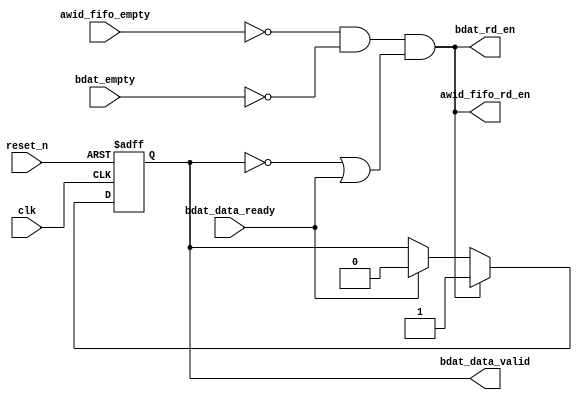
module rpc2_ctrl_axi_wr_response_control (
   // Outputs
   awid_fifo_rd_en, bdat_rd_en, bdat_data_valid, 
   // Inputs
   clk, reset_n, awid_fifo_empty, bdat_empty, bdat_data_ready
   );
   // Global System Signals
   input clk;
   input reset_n;

   // IP
//   input [1:0]                            ip_wr_error;
//   input                          ip_wr_done;

   // AWID FIFO
   input                            awid_fifo_empty;
   output                           awid_fifo_rd_en;

   // BDAT FIFO
   output                           bdat_rd_en;
//   output                         bdat_wr_en;
//   output [1:0]                   bdat_din;
   input                            bdat_empty;

   input                            bdat_data_ready;
   output                           bdat_data_valid;
   
   wire                             clk;
   wire                             reset_n;
   wire                             bdat_rd_en;
//   wire [1:0]                             bdat_din;
   wire                             bdat_empty;
   reg                              bdat_data_valid;
   
   /*AUTOWIRE*/
   // Beginning of automatic wires (for undeclared instantiated-module outputs)
   // End of automatics
   
   /*AUTOREG*/
   // Beginning of automatic regs (for this module's undeclared outputs)
   // End of automatics
   assign bdat_rd_en = (~awid_fifo_empty) & (~bdat_empty) & ((~bdat_data_valid)|bdat_data_ready);
   
   assign awid_fifo_rd_en = bdat_rd_en;
   
   // data valid from BDAT and AWID FIFO
   always @(posedge clk or negedge reset_n) begin
      if (~reset_n)
        bdat_data_valid <= 1'b0;
      else if (bdat_rd_en)
        bdat_data_valid <= 1'b1;
      else if (bdat_data_ready)
        bdat_data_valid <= 1'b0;
   end

endmodule